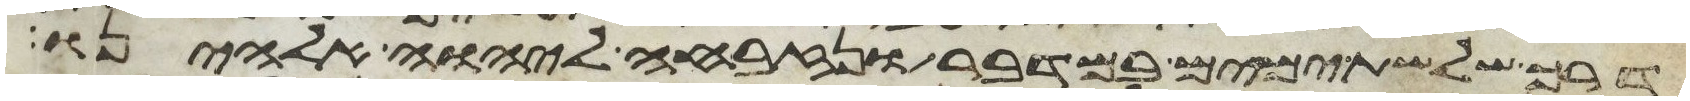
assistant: דרך שלשת ימים במדבר ונזבחה ליהוה אלהינו